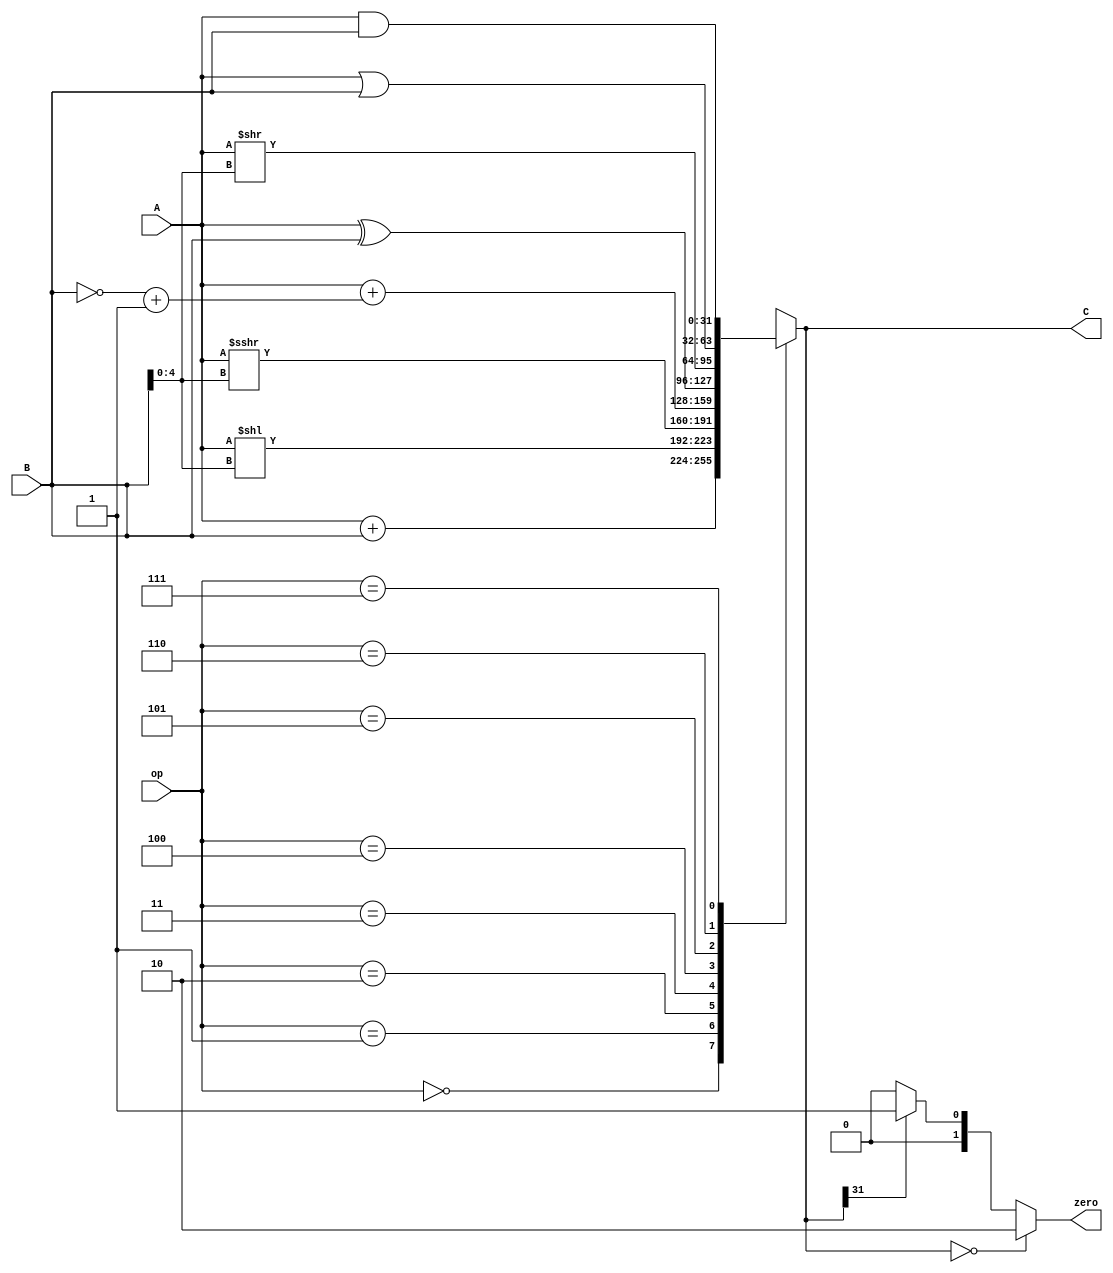
`timescale 1ns / 1ps

module ALU(
    input wire [2:0] op,
    input wire [31:0] A,
    input wire [31:0] B,
    output reg [31:0] C,
    output reg [1:0] zero
    );
wire [31:0] neg_B;
assign neg_B = ~B + 1; 

always @(*) begin
    case (op)
        3'b000: C = A + B;//add
        3'b001: C = A << B[4:0];//sll
        3'b010: C = $signed(A) >>> B[4:0];//sra
        3'b011: C = A + neg_B;//sub
        3'b100: C = A^B;//xor
        3'b101: C = A >> B[4:0];//srl
        3'b110: C = A | B;
        3'b111: C = A & B; 
    endcase
end
//zero
always @(*) begin
    if (C == 0) begin
        zero = 2'b10;
    end
    else begin
        if (C[31] == 1) begin
            zero = 2'b01;
        end
        else begin
            zero = 2'b00;
        end
    end
end

endmodule